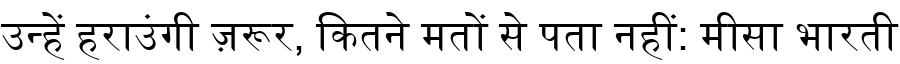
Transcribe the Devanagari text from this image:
उन्हें हराउंगी ज़रूर, कितने मतों से पता नहीं: मीसा भारती